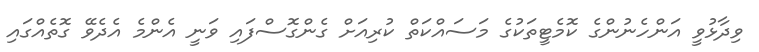
ވިދާޅުވީ އަންހެނުންގެ ކޮމެޓީތަކުގެ މަސައްކަތް ކުރިއަށް ގެންގޮސްފައި ވަނީ އެންމެ އެދެވޭ ގޮތެއްގައި